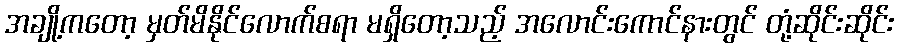
အချို့ကတော့ မှတ်မိနိုင်လောက်စရာ မရှိတော့သည့် အလောင်းကောင်နားတွင် တုံ့ဆိုင်းဆိုင်း